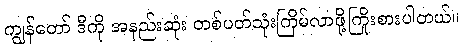
ကျွန်တော် ဒီကို အနည်းဆုံး တစ်ပတ်သုံးကြိမ်လာဖို့ကြိုးစားပါတယ်။